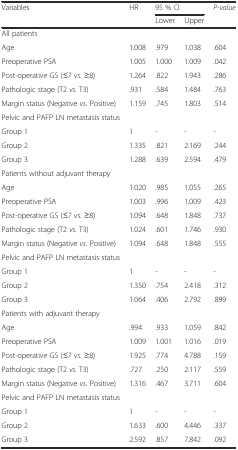
<table><thead><tr><td rowspan="2"><b>Variables</b></td><td rowspan="2"><b>HR</b></td><td colspan="2"><b>95 % CI</b></td><td rowspan="2"><b><i>P-value</i></b></td></tr><tr><td><b>Lower</b></td><td><b>Upper</b></td></tr></thead><tbody><tr><td>All patients</td><td>[EMPTY_CELL]</td><td>[EMPTY_CELL]</td><td>[EMPTY_CELL]</td><td>[EMPTY_CELL]</td></tr><tr><td>Age</td><td>1.008</td><td>.979</td><td>1.038</td><td>.604</td></tr><tr><td>Preoperative PSA</td><td>1.005</td><td>1.000</td><td>1.009</td><td>.042</td></tr><tr><td>Post-operative GS (≤7 <i>vs.</i> ≥8)</td><td>1.264</td><td>.822</td><td>1.943</td><td>.286</td></tr><tr><td>Pathologic stage (T2 <i>vs.</i> T3)</td><td>.931</td><td>.584</td><td>1.484</td><td>.763</td></tr><tr><td>Margin status (Negative <i>vs.</i> Positive)</td><td>1.159</td><td>.745</td><td>1.803</td><td>.514</td></tr><tr><td>Pelvic and PAFP LN metastasis status</td><td>[EMPTY_CELL]</td><td>[EMPTY_CELL]</td><td>[EMPTY_CELL]</td><td>[EMPTY_CELL]</td></tr><tr><td>Group 1</td><td>1</td><td>-</td><td>-</td><td>-</td></tr><tr><td>Group 2</td><td>1.335</td><td>.821</td><td>2.169</td><td>.244</td></tr><tr><td>Group 3</td><td>1.288</td><td>.639</td><td>2.594</td><td>.479</td></tr><tr><td>Patients without adjuvant therapy</td><td>[EMPTY_CELL]</td><td>[EMPTY_CELL]</td><td>[EMPTY_CELL]</td><td>[EMPTY_CELL]</td></tr><tr><td>Age</td><td>1.020</td><td>.985</td><td>1.055</td><td>.265</td></tr><tr><td>Preoperative PSA</td><td>1.003</td><td>.996</td><td>1.009</td><td>.423</td></tr><tr><td>Post-operative GS (≤7 <i>vs.</i> ≥8)</td><td>1.094</td><td>.648</td><td>1.848</td><td>.737</td></tr><tr><td>Pathologic stage (T2 <i>vs.</i> T3)</td><td>1.024</td><td>.601</td><td>1.746</td><td>.930</td></tr><tr><td>Margin status (Negative <i>vs.</i> Positive)</td><td>1.094</td><td>.648</td><td>1.848</td><td>.555</td></tr><tr><td>Pelvic and PAFP LN metastasis status</td><td>[EMPTY_CELL]</td><td>[EMPTY_CELL]</td><td>[EMPTY_CELL]</td><td>[EMPTY_CELL]</td></tr><tr><td>Group 1</td><td>1</td><td>-</td><td>-</td><td>-</td></tr><tr><td>Group 2</td><td>1.350</td><td>.754</td><td>2.418</td><td>.312</td></tr><tr><td>Group 3</td><td>1.064</td><td>.406</td><td>2.792</td><td>.899</td></tr><tr><td>Patients with adjuvant therapy</td><td>[EMPTY_CELL]</td><td>[EMPTY_CELL]</td><td>[EMPTY_CELL]</td><td>[EMPTY_CELL]</td></tr><tr><td>Age</td><td>.994</td><td>.933</td><td>1.059</td><td>.842</td></tr><tr><td>Preoperative PSA</td><td>1.009</td><td>1.001</td><td>1.016</td><td>.019</td></tr><tr><td>Post-operative GS (≤7 <i>vs.</i> ≥8)</td><td>1.925</td><td>.774</td><td>4.788</td><td>.159</td></tr><tr><td>Pathologic stage (T2 <i>vs.</i> T3)</td><td>.727</td><td>.250</td><td>2.117</td><td>.559</td></tr><tr><td>Margin status (Negative <i>vs.</i> Positive)</td><td>1.316</td><td>.467</td><td>3.711</td><td>.604</td></tr><tr><td>Pelvic and PAFP LN metastasis status</td><td>[EMPTY_CELL]</td><td>[EMPTY_CELL]</td><td>[EMPTY_CELL]</td><td>[EMPTY_CELL]</td></tr><tr><td>Group 1</td><td>1</td><td>-</td><td>-</td><td>-</td></tr><tr><td>Group 2</td><td>1.633</td><td>.600</td><td>4.446</td><td>.337</td></tr><tr><td>Group 3</td><td>2.592</td><td>.857</td><td>7.842</td><td>.092</td></tr></tbody></table>